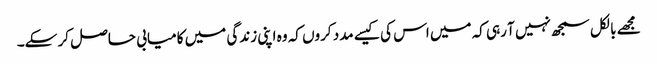
مجھے بالکل سمجھ نہیں آ رہی کہ میں اس کی کیسے مدد کروں کہ وہ اپنی زندگی میں کامیابی حاصل کر سکے۔